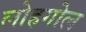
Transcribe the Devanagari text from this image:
लोहगोल